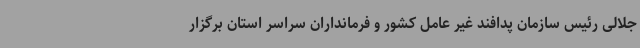
جلالی رئیس سازمان پدافند غیر عامل کشور و فرمانداران سراسر استان برگزار